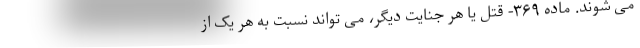
می شوند. ماده ۳۶۹- قتل یا هر جنایت دیگر، می تواند نسبت به هر یک از